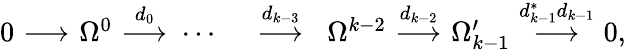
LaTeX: \begin{array}{ccccccccccccc}{{0\! \! \! }}&{{\! \stackrel{}{\longrightarrow}\! \! \! }}&{{\! \Omega^{0}\! \! \! }}&{{\! \stackrel{d_{0}}{\longrightarrow}\! \! \! }}&{{\cdots\! \! \! }}&{{\! }}&{{\stackrel{d_{k-3}}{\longrightarrow}}}&{{\! \Omega^{k-2}\! \! \! }}&{{\! \stackrel{d_{k-2}}{\longrightarrow}\! \! \! }}&{{\! \Omega_{k-1}^{\prime}\! \! \! }}&{{\! \stackrel{d_{k-1}^{*}d_{k-1}}{\longrightarrow}\! \! \! }}&{{\! 0,\! \! \! }}&{{}}\end{array}